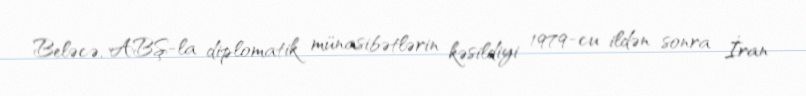
Beləcə, ABŞ-la diplomatik münasibətlərin kəsildiyi 1979-cu ildən sonra İran